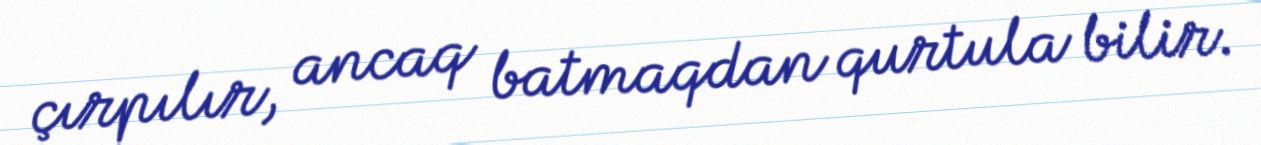
çırpılır, ancaq batmaqdan qurtula bilir.